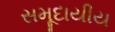
સમૂદાયીય